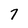
Character: 7